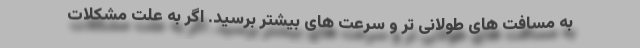
به مسافت های طولانی تر و سرعت های بیشتر برسید. اگر به علت مشکلات